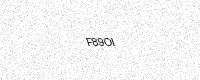
Text: F89OI